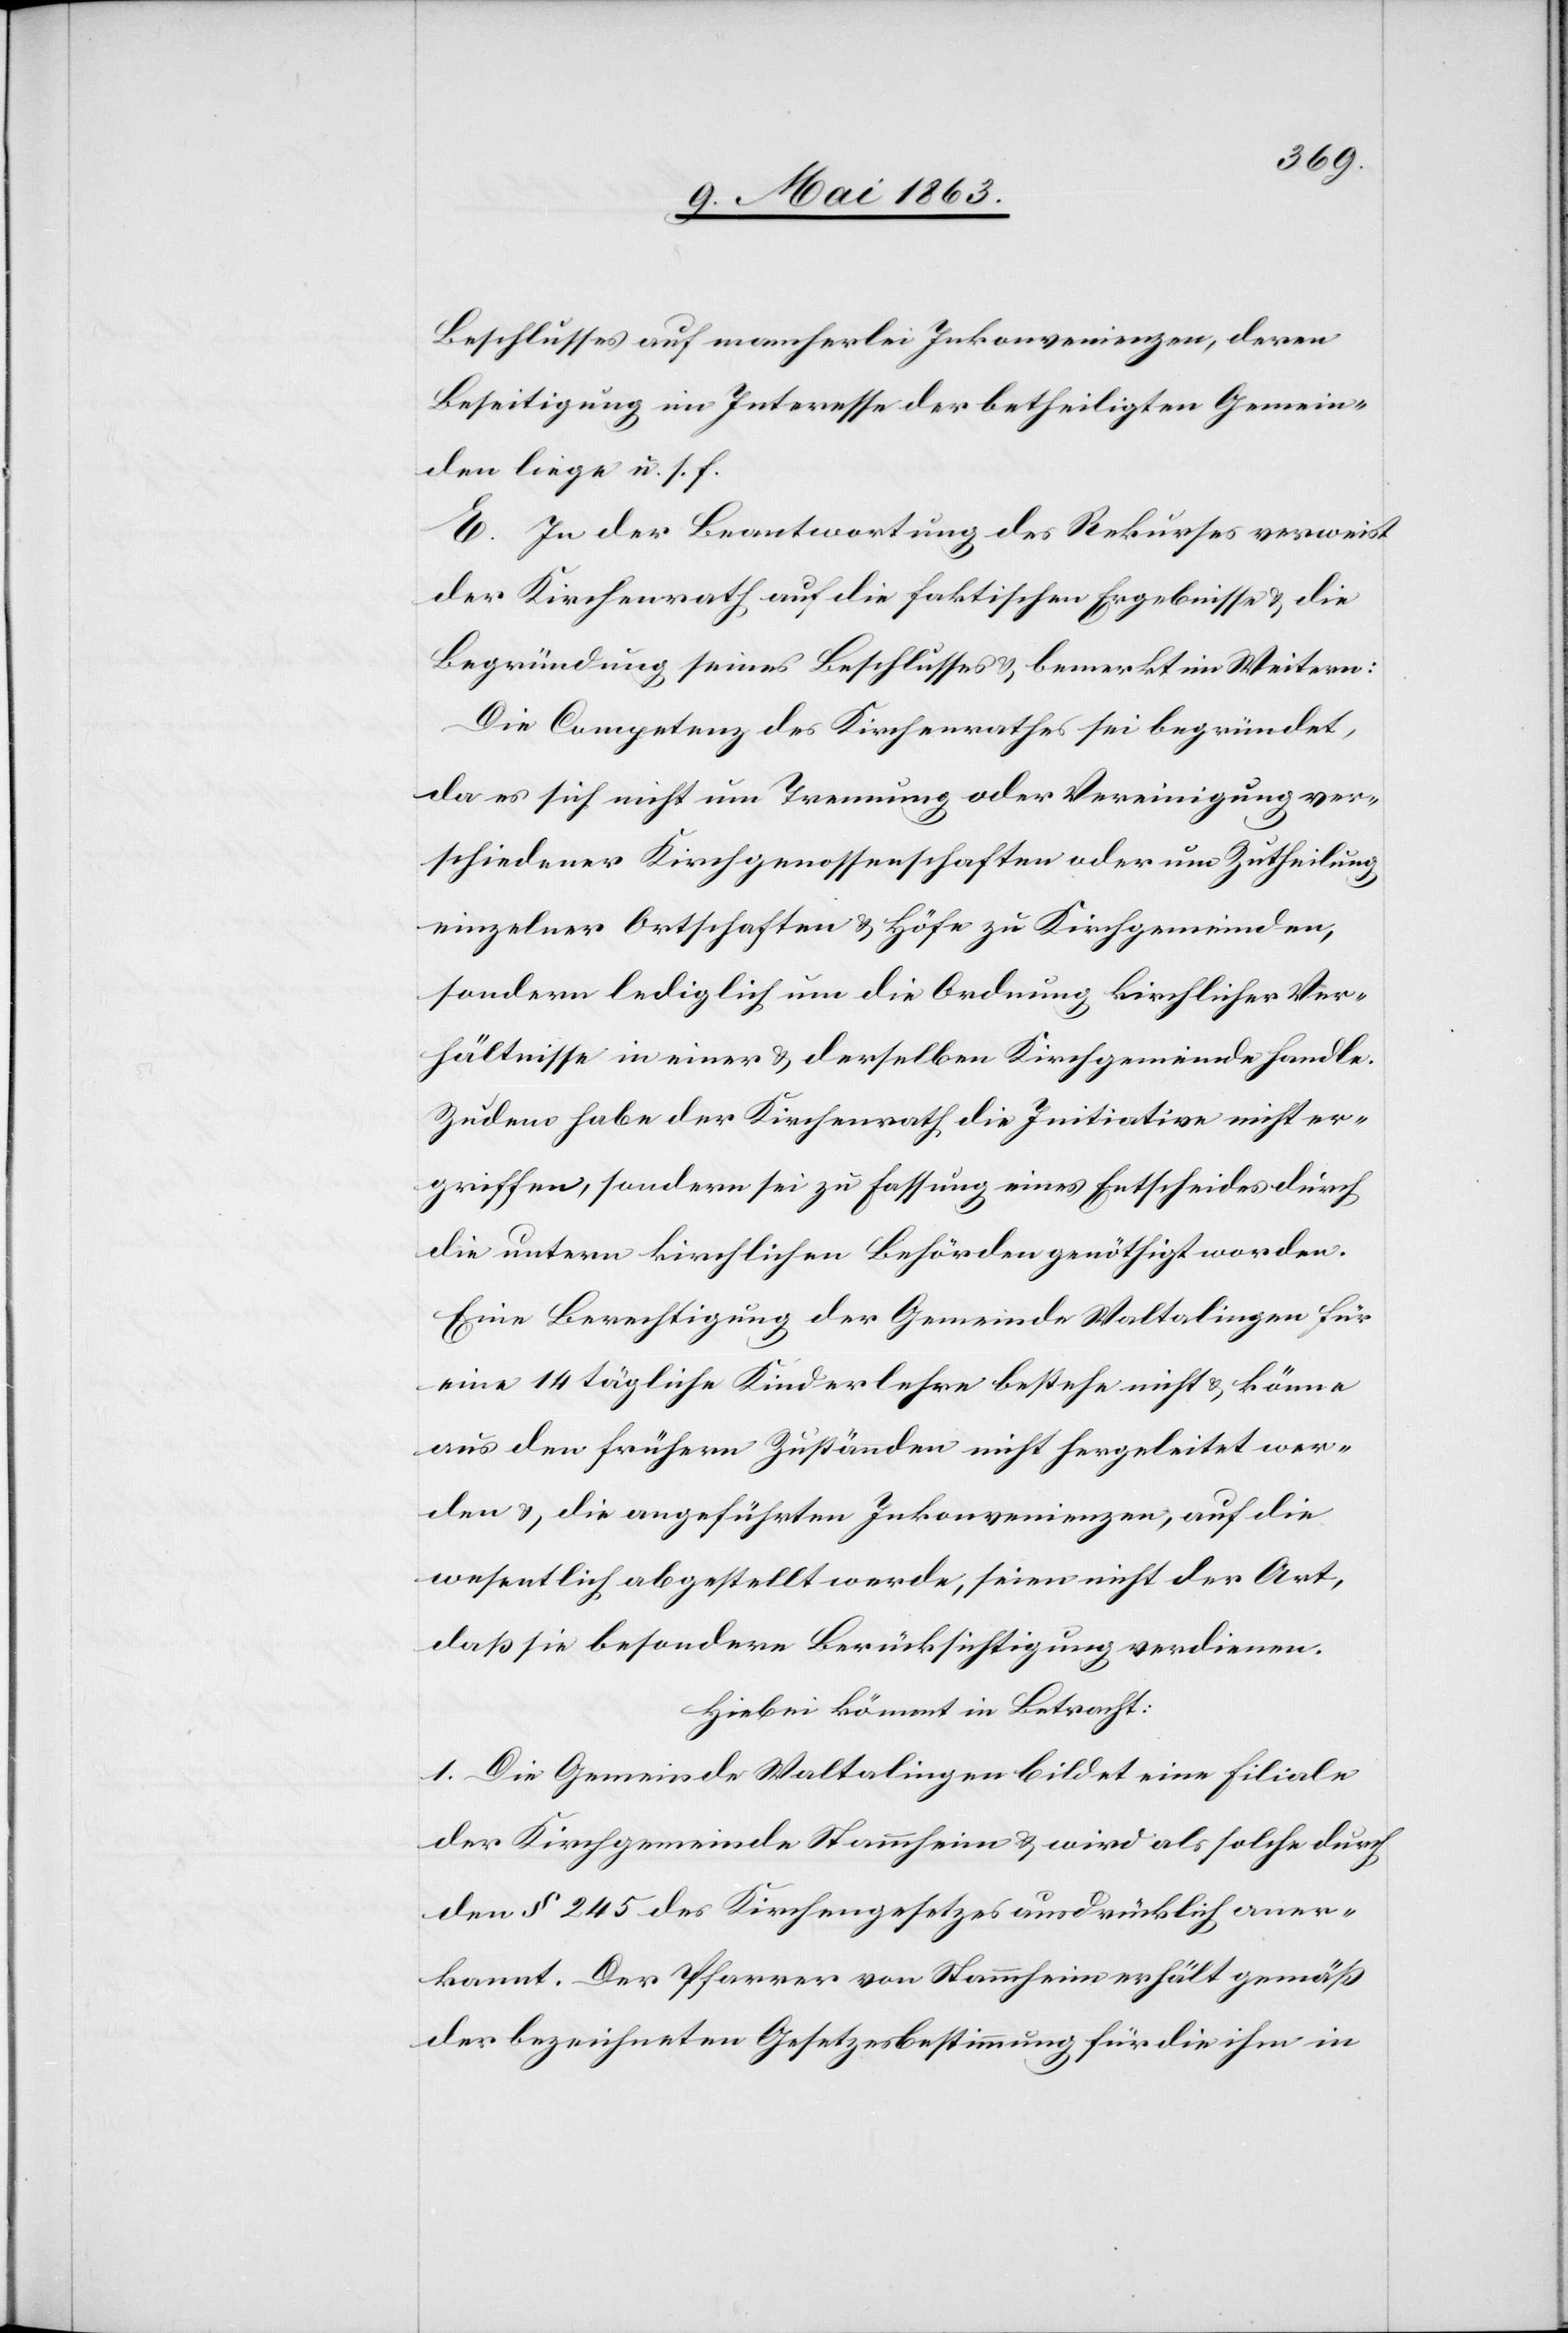
Beschlusses auf mancherlei Inkonvenienzen, deren
Beseitigung im Interesse der betheiligten Gemein¬
den liege u. s. f.
E. In der Beantwortung des Rekurses verweist
der Kirchenrath auf die faktischen Ergebnisse & die
Begründung seines Beschlusses & bemerkt im Weitern:
Die Competenz des Kirchenrathes sei begründet,
da es sich nicht um Trennung oder Vereinigung ver¬
schiedener Kirchgenossenschaften oder um Zutheilung
einzelner Ortschaften & Höfe zu Kirchgemeinden,
sondern lediglich um die Ordnung kirchlicher Ver¬
hältnisse in einer & derselben Kirchgemeinde handle.
Zudem habe der Kirchenrath die Initiative nicht er¬
griffen, sondern sei zu Fassung eines Entscheides durch
die untern kirchlichen Behörden genöthigt worden.
Eine Berechtigung der Gemeinde Waltalingen für
eine 14 tägliche Kinderlehre bestehe nicht & könne
aus den frühern Zuständen nicht hergeleitet wer¬
den & die angeführten Inkonvenienzen, auf die
wesentlich abgestellt werde, seien nicht der Art,
daß sie besondere Berücksichtigung verdienen.
Hiebei kommt in Betracht:
1. Die Gemeinde Waltalingen bildet eine Filiale
der Kirchgemeinde Stammheim & wird als solche durch
den § 245 des Kirchengesetzes ausdrücklich aner¬
kannt. Der Pfarrer von Stammheim erhält gemäß
der bezeichneten Gesetzesbestimmung für die ihm in